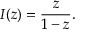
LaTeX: I ( z ) = { \frac { z } { 1 - z } } .